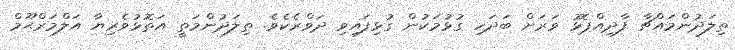
ތިލަދުންމައްޗާ ފާދިއްޕޮޅު ވަރަށް ބަދަހި ގުޅުމަކުން ގުޅިފައިވި ދަވްރެކެވެ. ތިލަދުންމަތީ އަތޮޅުވެރިޔާ އަލްމަރްޙޫމް